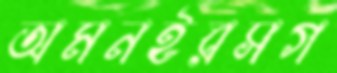
অমনইরসগ